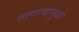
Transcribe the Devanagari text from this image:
ताणावामुळे